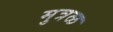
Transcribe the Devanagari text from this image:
मुत्रळ